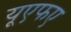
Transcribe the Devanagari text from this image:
यूएफए